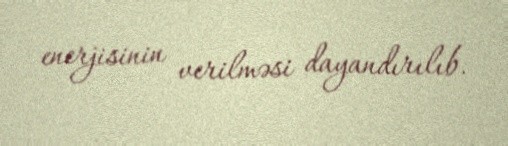
enerjisinin verilməsi dayandırılıb.